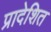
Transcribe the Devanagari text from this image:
प्रादेशित